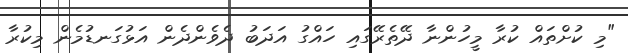
"މި ކުށްތައް ކުރާ މީހުންނާ ދޭތެރޭގައި ހައްގު އަދަބު ދެވެންދެން އަޅުގަނޑުމެން މިކުރާ